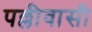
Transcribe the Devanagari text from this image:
पल्लीवासी